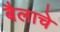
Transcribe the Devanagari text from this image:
बैलाचे